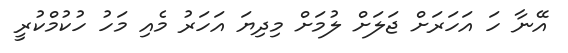
އޭނާ ހަ އަހަރަށް ޖަލަށް ލުމަށް މިދިޔަ އަހަރު މެއި މަހު ހުކުމްކުރީ